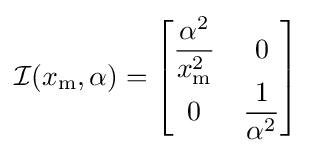
{\mathcal {I}}(x_{\mathrm {m} },\alpha )={\begin{bmatrix}{\dfrac {\alpha ^{2}}{x_{\mathrm {m} }^{2}}}&0\\0&{\dfrac {1}{\alpha ^{2}}}\end{bmatrix}}